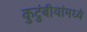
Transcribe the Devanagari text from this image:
कुटुंबीयांमध्ये